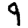
Digit: 9